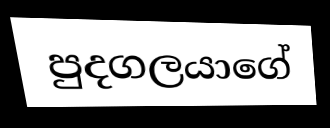
පුදගලයාගේ